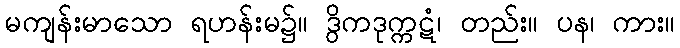
မကျန်းမာသော ရဟန်းမ၌။ ဒွိကဒုက္ကဋံ၊ တည်း။ ပန၊ ကား။